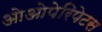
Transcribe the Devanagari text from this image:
ओओपेरिपेटस